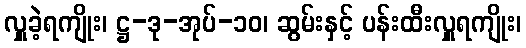
လှူခဲ့ရကျိုး၊ ဋ္ဌ-ဒု-အုပ်-၁၀၊ ဆွမ်းနှင့် ပန်းထီးလှူရကျိုး၊